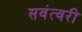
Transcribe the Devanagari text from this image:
सवंत्वरी